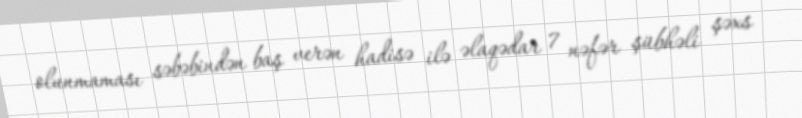
olunmaması səbəbindən baş verən hadisə ilə əlaqədar 7 nəfər şübhəli şəxs